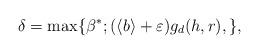
LaTeX: \begin{align*} \delta=\max \lbrace \beta^*; (\langle b\rangle+\varepsilon)g_d(h,r), \rbrace,\end{align*}